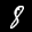
Label: 8